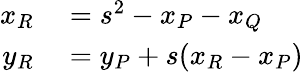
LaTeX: \begin{array}{rl}{x_{R}}&{{}=s^{2}-x_{P}-x_{Q}}\\ {y_{R}}&{{}=y_{P}+s(x_{R}-x_{P})}\end{array}